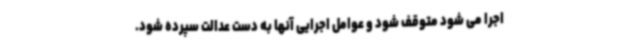
اجرا می شود متوقف شود و عوامل اجرایی آنها به دست عدالت سپرده شود.